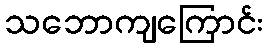
သဘောကျကြောင်း